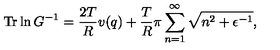
\mathrm { T r } \ln G ^ { - 1 } = \frac { 2 T } { R } v ( q ) + \frac { T } { R } \pi \sum _ { n = 1 } ^ { \infty } \sqrt { n ^ { 2 } + \epsilon ^ { - 1 } } { , }